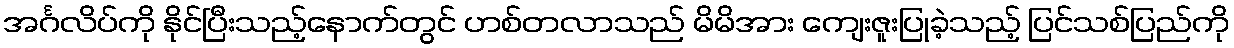
အင်္ဂလိပ်ကို နိုင်ပြီးသည့်နောက်တွင် ဟစ်တလာသည် မိမိအား ကျေးဇူးပြုခဲ့သည့် ပြင်သစ်ပြည်ကို